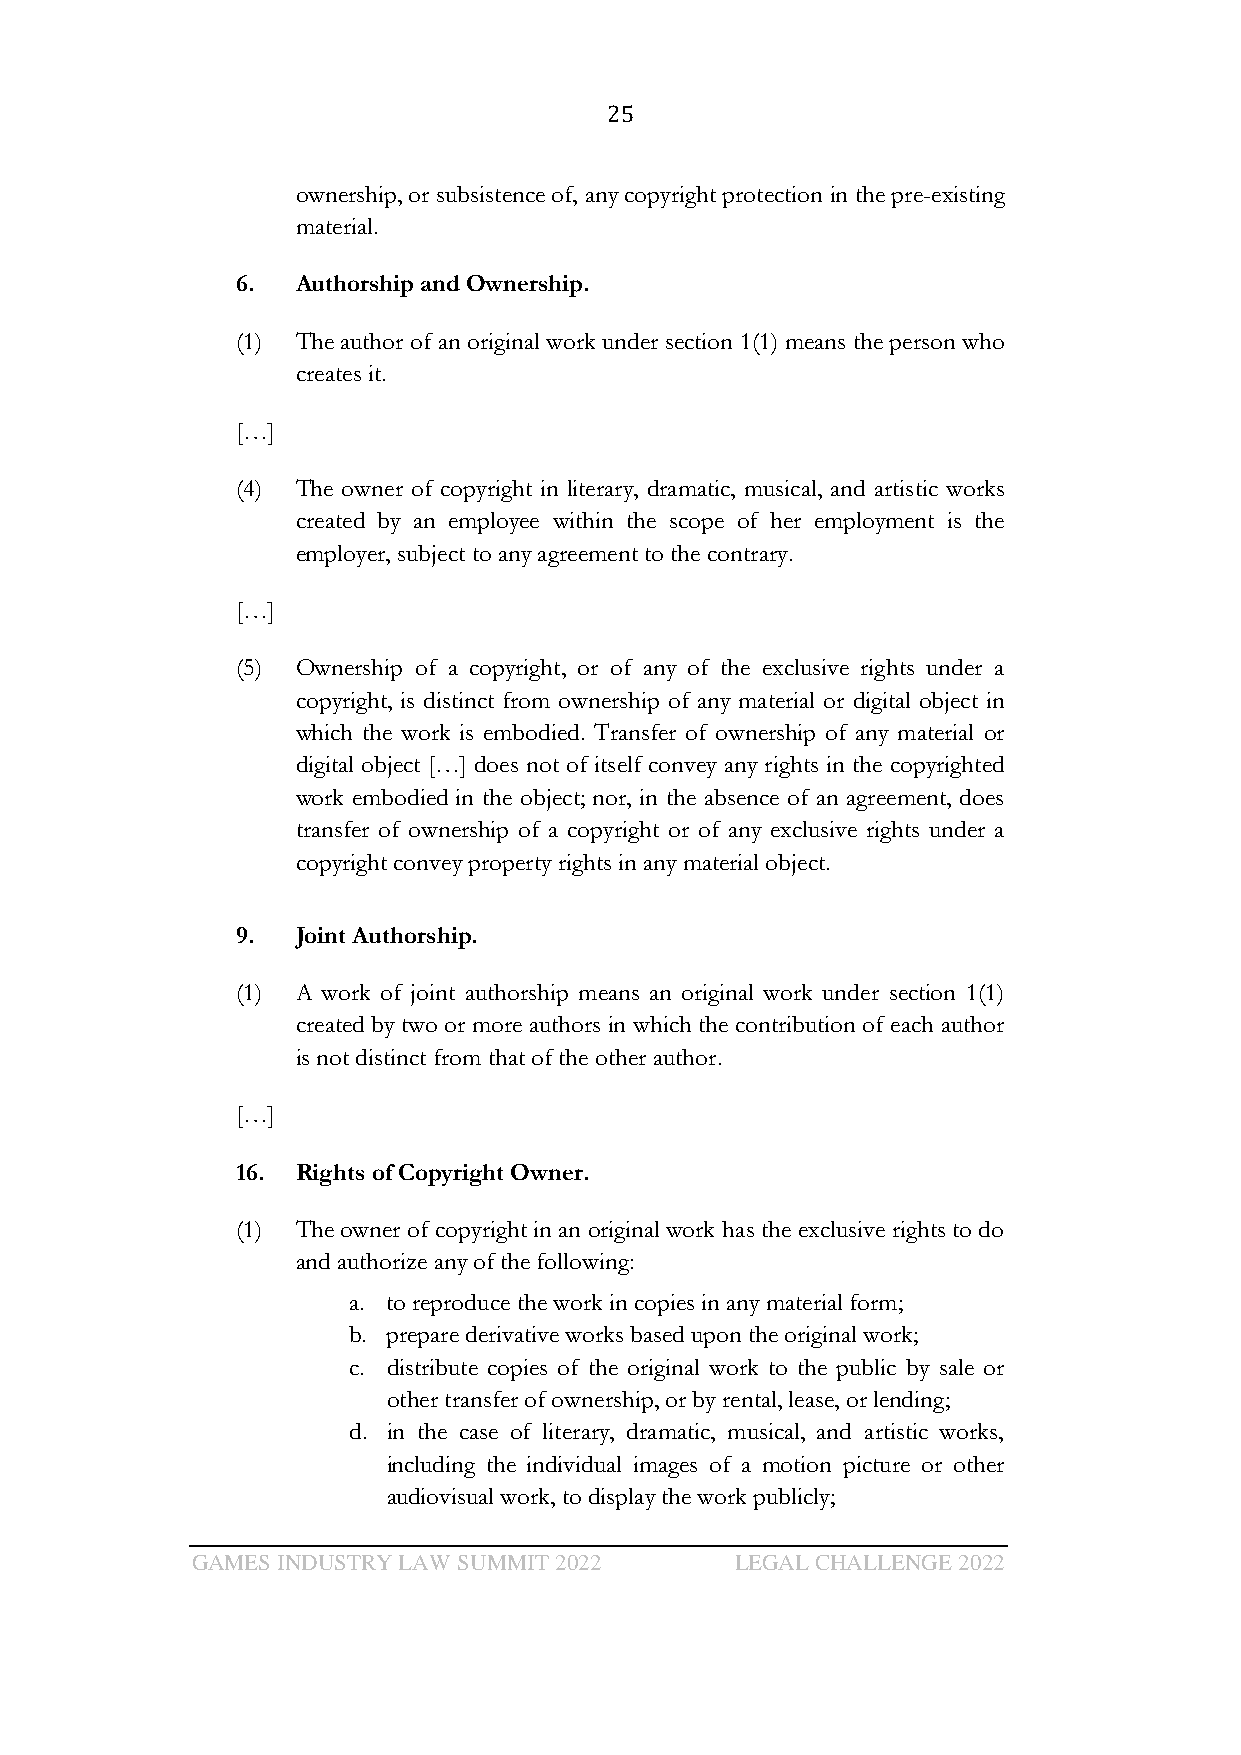
25
 ownership, or subsistence of, any copyright protection in the pre-existing
 material.
 6.  Authorship and Ownership.
 (1) The author of an original work under section 1(1) means the person who
 creates it.
 […]
 (4) The owner of copyright in literary, dramatic, musical, and artistic works
 created by an employee within the scope of her employment is the
 employer, subject to any agreement to the contrary.
 […]
 (5) Ownership of a copyright, or of any of the exclusive rights under a
 copyright, is distinct from ownership of any material or digital object in
 which the work is embodied. Transfer of ownership of any material or
 digital object […] does not of itself convey any rights in the copyrighted
 work embodied in the object; nor, in the absence of an agreement, does
 transfer of ownership of a copyright or of any exclusive rights under a
 copyright convey property rights in any material object.
 9.  Joint Authorship.
 (1) A work of joint authorship means an original work under section 1(1)
 created by two or more authors in which the contribution of each author
 is not distinct from that of the other author.
 […]
 16. Rights of Copyright Owner.
 (1) The owner of copyright in an original work has the exclusive rights to do
 and authorize any of the following:
 a. to reproduce the work in copies in any material form;
 b. prepare derivative works based upon the original work;
 c. distribute copies of the original work to the public by sale or
 other transfer of ownership, or by rental, lease, or lending;
 d. in the case of literary, dramatic, musical, and artistic works,
 including the individual images of a motion picture or other
 audiovisual work, to display the work publicly;
 GAMES INDUSTRY LAW SUMMIT 2022      LEGAL CHALLENGE 2022